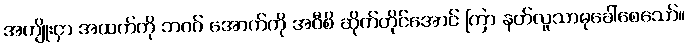
အကျိုးငှာ အထက်ကို ဘဝဂ် အောက်ကို အဝီစိ ဆိုက်တိုင်အောင် ကြာ နတ်လူသာဓုခေါ်စေသော်။